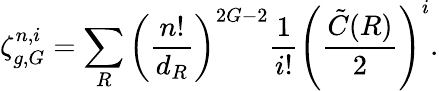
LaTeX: \zeta_{g,G}^{n,i}=\sum_{R}\left(\frac{n!}{d_{R}}\right)^{2G-2}{\frac{1}{i!}}\left(\frac{\tilde{C}(R)}{2}\right)^{i}.